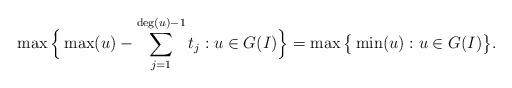
LaTeX: \begin{align*}\max\Big\{\max(u)-\sum_{j=1}^{\deg(u)-1}t_j:u\in G(I)\Big\}=\max\big\{\min(u):u\in G(I)\big\}.\end{align*}